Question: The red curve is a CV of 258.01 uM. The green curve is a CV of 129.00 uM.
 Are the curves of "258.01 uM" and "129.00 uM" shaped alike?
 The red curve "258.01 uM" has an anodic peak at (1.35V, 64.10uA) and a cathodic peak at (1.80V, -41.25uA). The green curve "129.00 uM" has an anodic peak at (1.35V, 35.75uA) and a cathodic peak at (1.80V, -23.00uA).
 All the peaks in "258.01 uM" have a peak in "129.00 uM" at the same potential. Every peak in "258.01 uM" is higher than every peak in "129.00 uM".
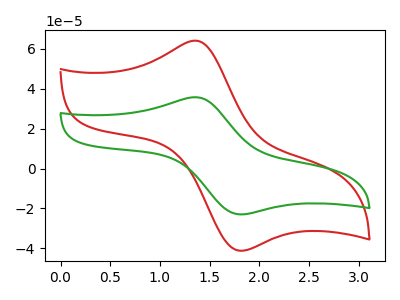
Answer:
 <answer>"258.01 uM" and "129.00 uM" are similar in shape.</answer>
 <eval>same_shape</eval>